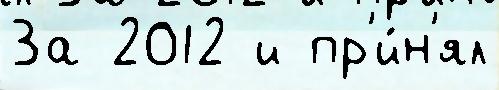
За 2012 и пр'и́н'ял